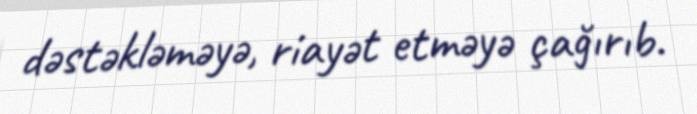
dəstəkləməyə, riayət etməyə çağırıb.